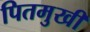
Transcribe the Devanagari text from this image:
पितमुखी